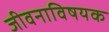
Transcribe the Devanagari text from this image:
जीवनाविषयक